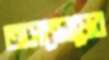
অসন্তোষের